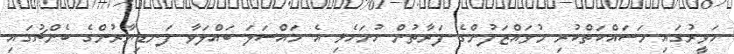
ހަވީރުގައި މަސައްކަތްކުރި މުވައްޒަފުންގެ ފަރާތުން ހުށަހެޅި އެ މައްސަލަ ބައްލަވާ ފަނޑިޔާރުންގެ ބެންޗުގައި